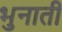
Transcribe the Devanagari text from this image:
भुनाती